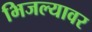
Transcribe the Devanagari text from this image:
भिजल्यावर